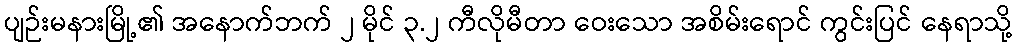
ပျဉ်းမနားမြို့၏ အနောက်ဘက် ၂ မိုင် ၃.၂ ကီလိုမီတာ ဝေးသော အစိမ်းရောင် ကွင်းပြင် နေရာသို့